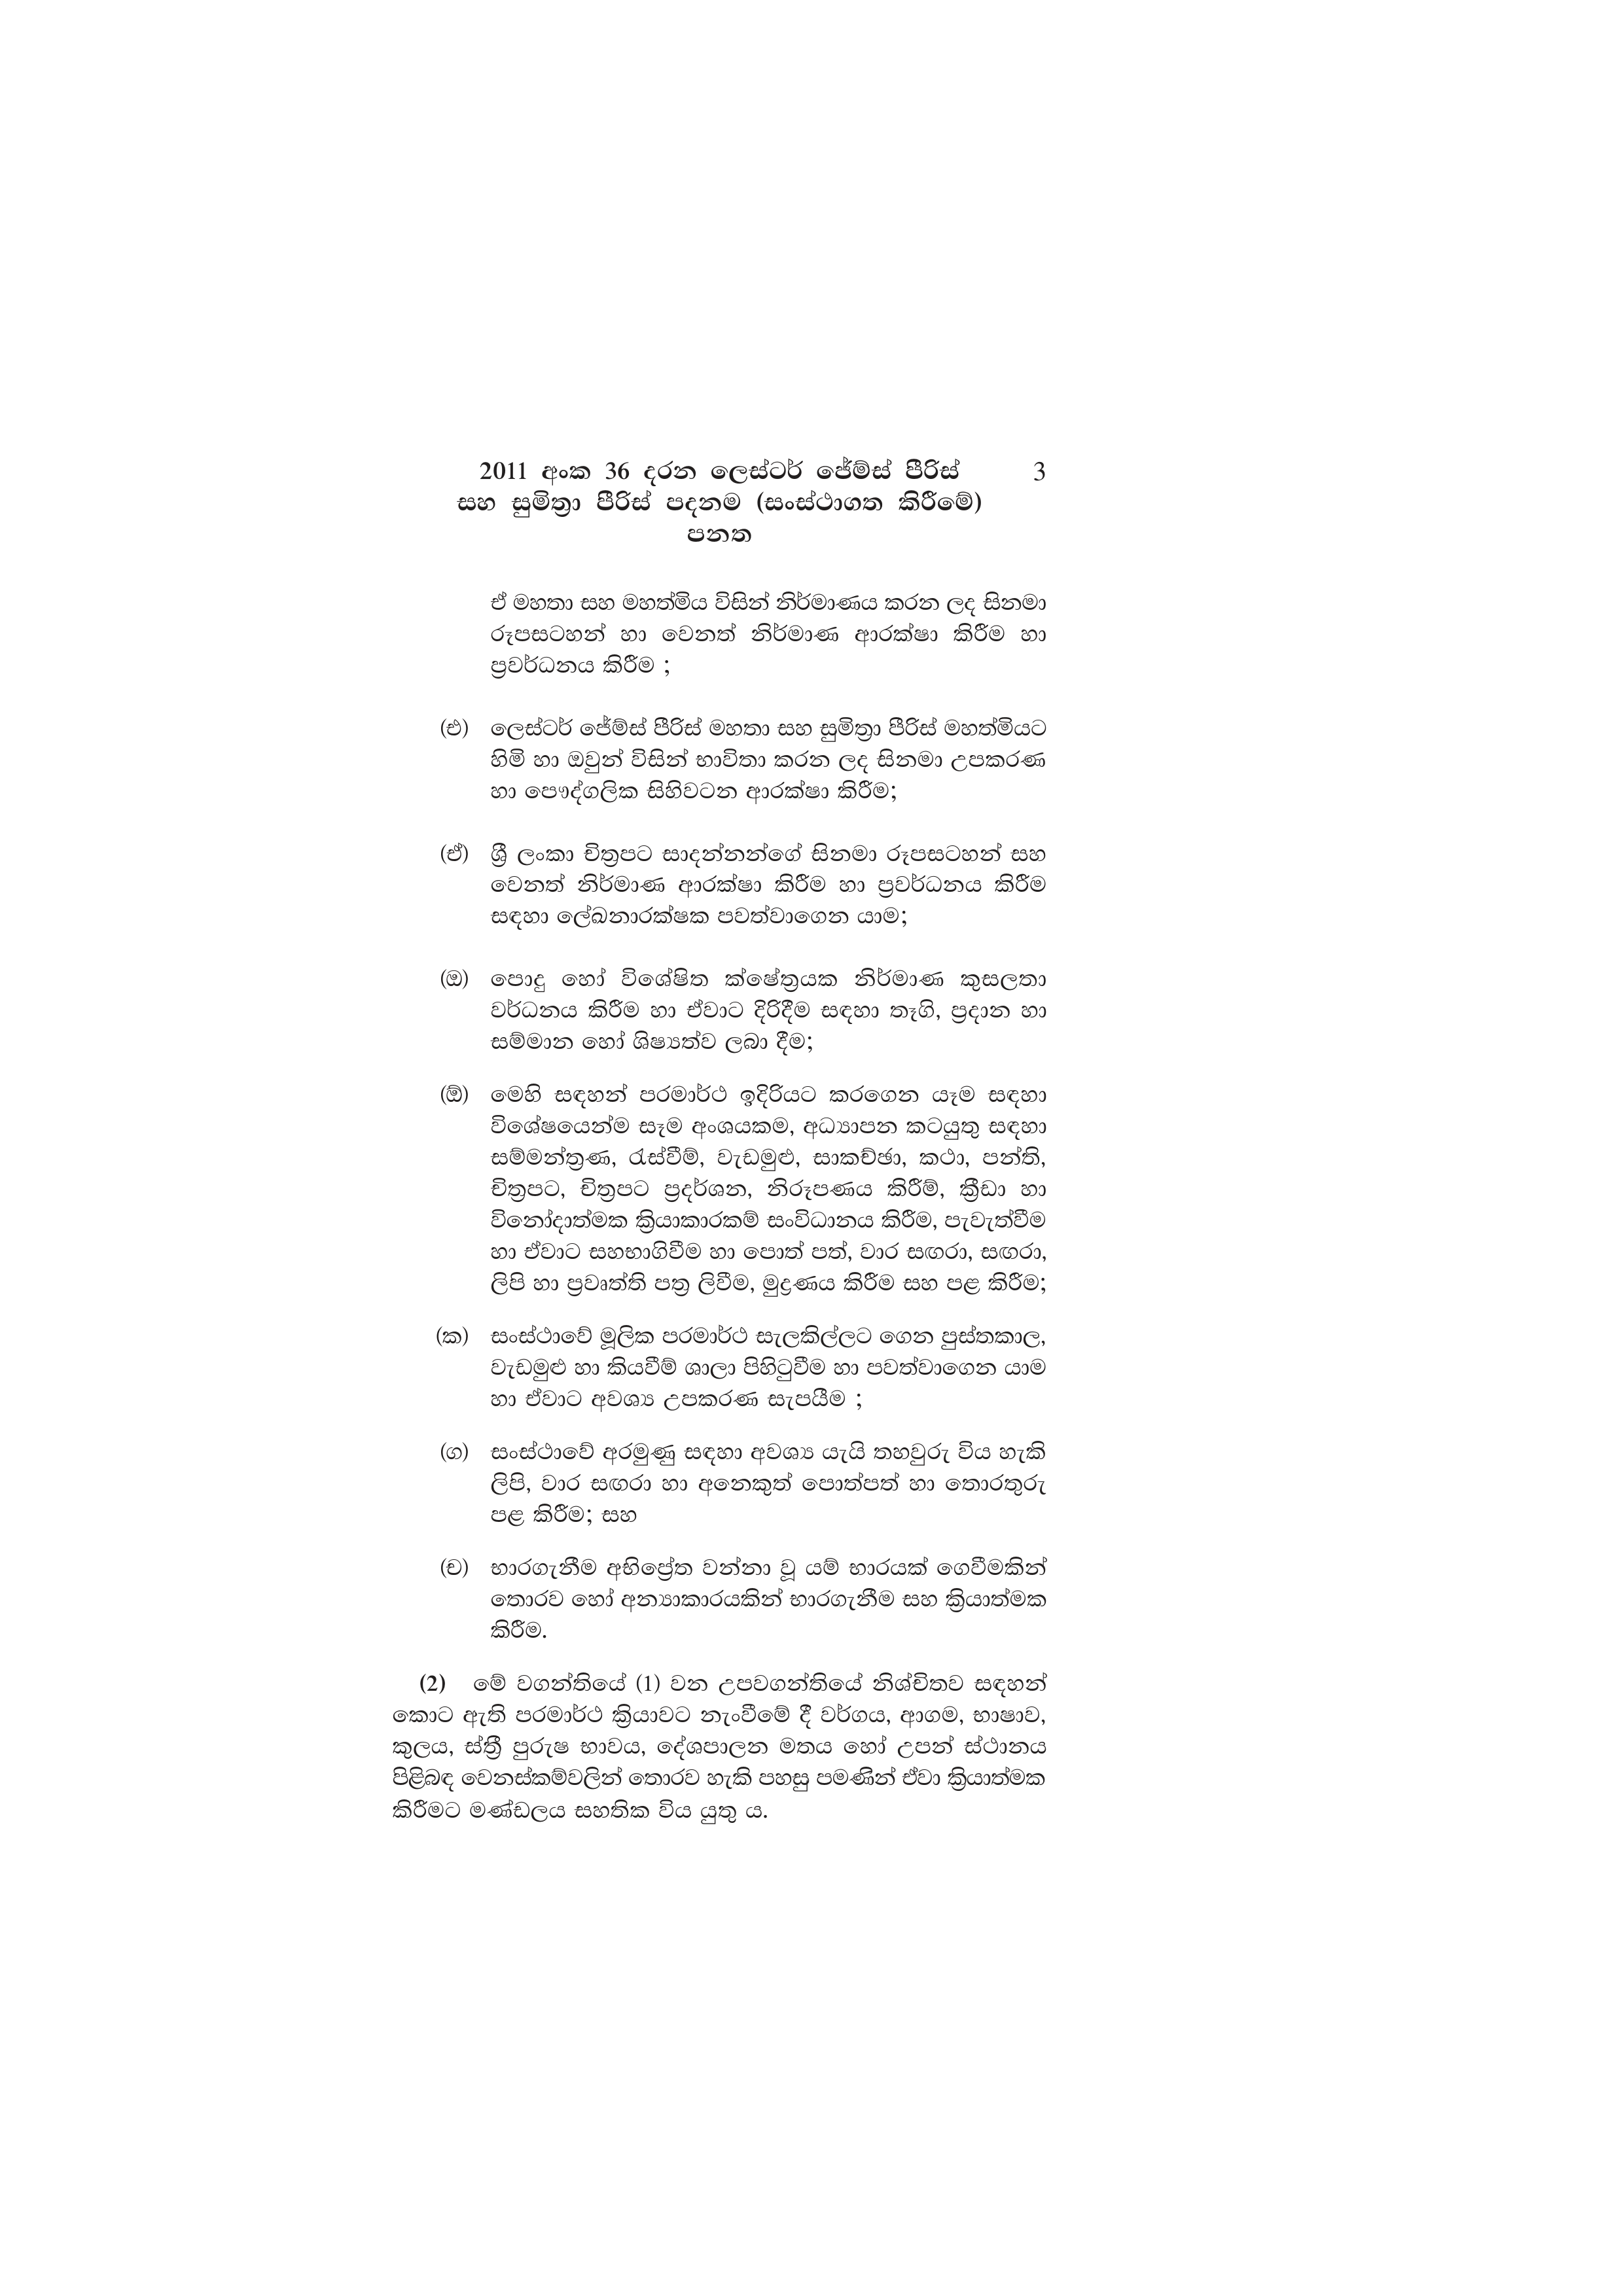
2011 අංක 36 දරන ලෙස්ටර් ජේම්ස් පීරිස් 3
සහ සුමිත්‍රා පීරිස් පදනම (සංස්ථාගත කිරීමේ)
පනත

ඒ මහතා සහ මහත්මිය විසින් නිර්මාණය කරන ලද සිනමා
රූපසටහන් හා වෙනත් නිර්මාණ ආරක්ෂා කිරීම හා
ප්‍රවර්ධනය කිරීම ;

(එ) ලෙස්ටර් ජේම්ස් පීරිස් මහතා සහ සුමිත්‍රා පීරිස් මහත්මියට
හිමි හා ඔවුන් විසින් භාවිතා කරන ලද සිනමා උපකරණ
හා පෞද්ගලික සිහිවටන ආරක්ෂා කිරීම;

(ඒ) ශ්‍රී ලංකා චිත්‍රපට සාදන්නන්ගේ සිනමා රූපසටහන් සහ
වෙනත් නිර්මාණ ආරක්ෂා කිරීම හා ප්‍රවර්ධනය කිරීම
සඳහා ලේඛනාරක්ෂක පවත්වාගෙන යාම;

(ඔ) පොදු හෝ විශේෂිත ක්ෂේත්‍රයක නිර්මාණ කුසලතා
වර්ධනය කිරීම හා ඒවාට දිරිදීම සඳහා තෑගි, ප්‍රදාන හා
සම්මාන හෝ ශිෂ්‍යත්ව ලබා දීම;

(ඕ) මෙහි සඳහන් පරමාර්ථ ඉදිරියට කරගෙන යෑම සඳහා
විශේෂයෙන්ම සෑම අංශයකම, අධ්‍යාපන කටයුතු සඳහා
සම්මන්ත්‍රණ, රැස්වීම්, වැඩමුළු, සාකච්ඡා, කථා, පන්ති,
චිත්‍රපට, චිත්‍රපට ප්‍රදර්ශන, නිරූපණය කිරීම්, ක්‍රීඩා හා
විනෝදාත්මක ක්‍රියාකාරකම් සංවිධානය කිරීම, පැවැත්වීම
හා ඒවාට සහභාගිවීම හා පොත් පත්, වාර සඟරා, සඟරා,
ලිපි හා ප්‍රවෘත්ති පත්‍ර ලිවීම, මුද්‍රණය කිරීම සහ පළ කිරීම;

(ක) සංස්ථාවේ මූලික පරමාර්ථ සැලකිල්ලට ගෙන පුස්තකාල,
වැඩමුළු හා කියවීම් ශාලා පිහිටුවීම හා පවත්වාගෙන යාම
හා ඒවාට අවශ්‍ය උපකරණ සැපයීම ;

(ග) සංස්ථාවේ අරමුණු සඳහා අවශ්‍ය යැයි තහවුරු විය හැකි
ලිපි, වාර සඟරා හා අනෙකුත් පොත්පත් හා තොරතුරු
පළ කිරීම; සහ

(ච) භාරගැනීම අභිප්‍රේත වන්නා වූ යම් භාරයක් ගෙවීමකින්
තොරව හෝ අන්‍යාකාරයකින් භාරගැනීම සහ ක්‍රියාත්මක
කිරීම.

(2) මේ වගන්තියේ (1) වන උපවගන්තියේ නිශ්චිතව සඳහන්
කොට ඇති පරමාර්ථ ක්‍රියාවට නැංවීමේ දී වර්ගය, ආගම, භාෂාව,
කුලය, ස්ත්‍රී පුරුෂ භාවය, දේශපාලන මතය හෝ උපන් ස්ථානය
පිළිබඳ වෙනස්කම්වලින් තොරව හැකි පහසු පමණින් ඒවා ක්‍රියාත්මක
කිරීමට මණ්ඩලය සහතික විය යුතු ය.